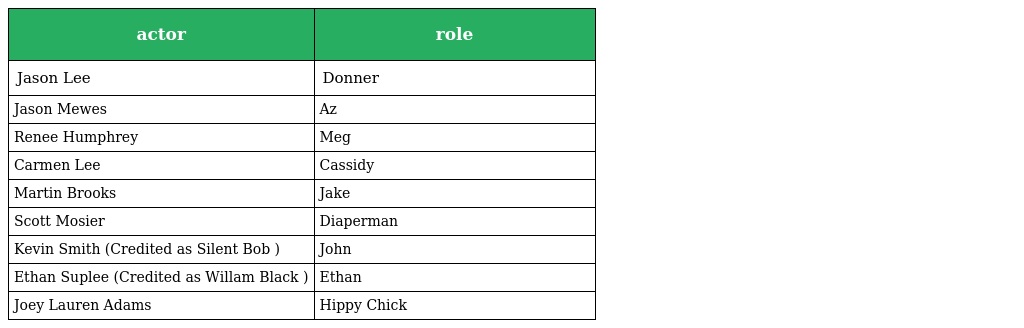
| actor | role |
 | --- | --- |
 | Jason Lee | Donner |
 | Jason Mewes | Az |
 | Renee Humphrey | Meg |
 | Carmen Lee | Cassidy |
 | Martin Brooks | Jake |
 | Scott Mosier | Diaperman |
 | Kevin Smith (Credited as Silent Bob ) | John |
 | Ethan Suplee (Credited as Willam Black ) | Ethan |
 | Joey Lauren Adams | Hippy Chick |